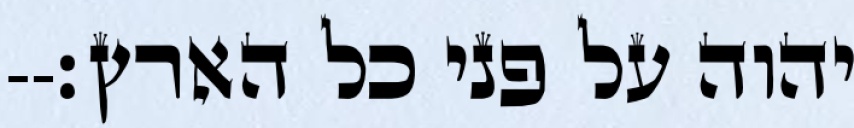
יהוה על פני כל הארץ׃--